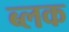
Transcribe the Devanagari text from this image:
ब्लक